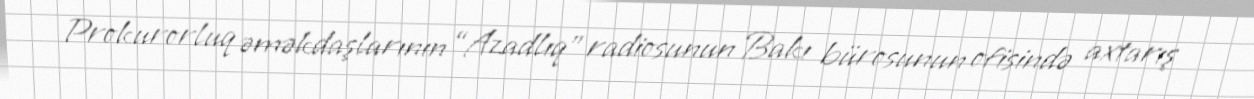
Prokurorluq əməkdaşlarının “Azadlıq” radiosunun Bakı bürosunun ofisində axtarış